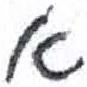
אות: א